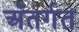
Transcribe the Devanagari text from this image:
अँतर्गत